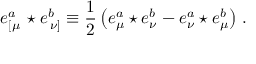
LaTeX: e _ { \left[ \mu \right. } ^ { a } \star e _ { \left. \nu \right] } ^ { b } \equiv \frac 1 2 \left( e _ { \mu } ^ { a } \star e _ { \nu } ^ { b } - e _ { \nu } ^ { a } \star e _ { \mu } ^ { b } \right) \, .